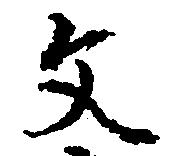
文